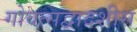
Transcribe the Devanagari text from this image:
गोवत्सद्वादशीस